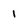
Character: 1